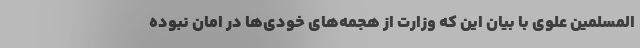
المسلمین علوی با بیان این که وزارت از هجمه‌های خودی‌ها در امان نبوده